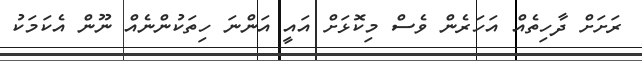
ރަށަށް ދާހިތެއް އަހަރެން ވެސް މިކޮޅަށް އައީ އަންނަ ހިތަކުންނެއް ނޫން އެކަމަކު